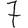
Digit: 7